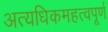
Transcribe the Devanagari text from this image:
अत्यधिकमहत्वपूर्ण